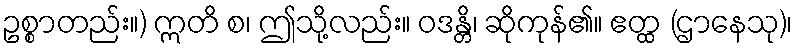
ဥစ္စာတည်း။) ဣတိ စ၊ ဤသို့လည်း။ ဝဒန္တိ၊ ဆိုကုန်၏။ ဧတ္ထ (ဌာနေသု)၊